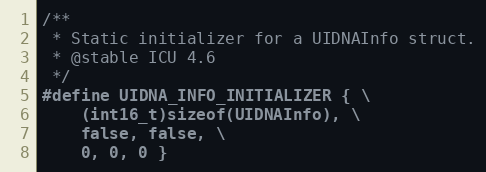
Language: C
/**
 * Static initializer for a UIDNAInfo struct.
 * @stable ICU 4.6
 */
#define UIDNA_INFO_INITIALIZER { \
    (int16_t)sizeof(UIDNAInfo), \
    false, false, \
    0, 0, 0 }